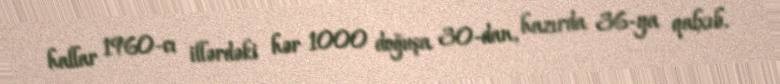
hallar 1960-cı illərdəki hər 1000 doğuşa 30-dan, hazırda 36-ya qalxıb.